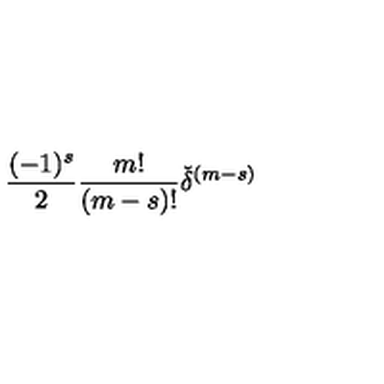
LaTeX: \frac { ( - 1 ) ^ { s } } { 2 } \frac { m ! } { ( m - s ) ! } { \check { \delta } } ^ { ( m - s ) }